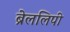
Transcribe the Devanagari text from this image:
ब्रेललिपी